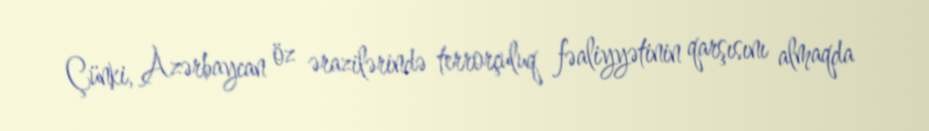
Çünki, Azərbaycan öz ərazilərində terrorçuluq fəaliyyətinin qarşısını almaqda